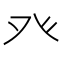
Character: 癶